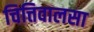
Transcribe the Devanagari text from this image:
चित्तिवालसा